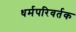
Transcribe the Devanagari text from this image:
धर्मपरिवर्तक